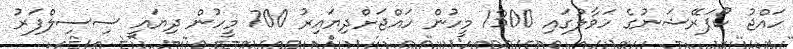
ހައްޖު ކޯޕަރޭޝަނުގެ ހަވާލުގައި 1300 މީހުން ހައްޖަށްދިޔައިރު 700 މީހުން ދިޔައީ ސިސިލްފަރު